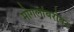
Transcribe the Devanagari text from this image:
मोगलांबरोबर